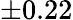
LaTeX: \pm 0.22